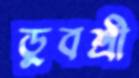
ডুবশ্রী